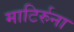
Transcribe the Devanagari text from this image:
माटिर्रुना